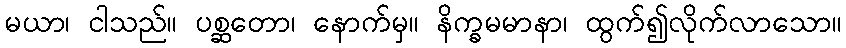
မယာ၊ ငါသည်။ ပစ္ဆတော၊ နောက်မှ။ နိက္ခမမာနာ၊ ထွက်၍လိုက်လာသော။